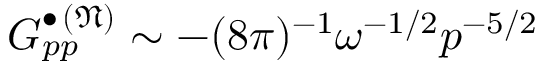
G _ { p p } ^ { \bullet \, ( \mathfrak { N } ) } \sim - ( 8 \pi ) ^ { - 1 } \omega ^ { - 1 / 2 } p ^ { - 5 / 2 }